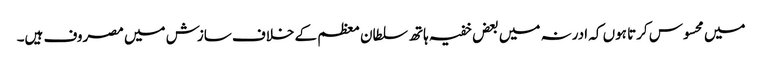
میں محسوس کرتا ہوں کہ ادرنہ میں بعض خفیہ ہاتھ سلطان معظم کے خلاف سازش میں مصروف ہیں۔